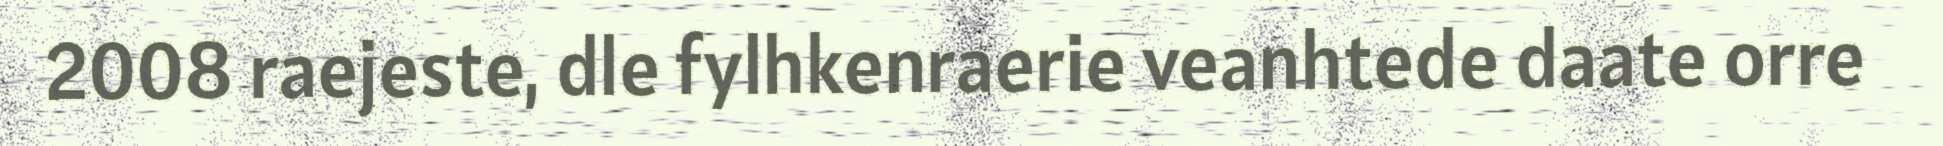
2008 raejeste, dle fylhkenraerie veanhtede daate orre